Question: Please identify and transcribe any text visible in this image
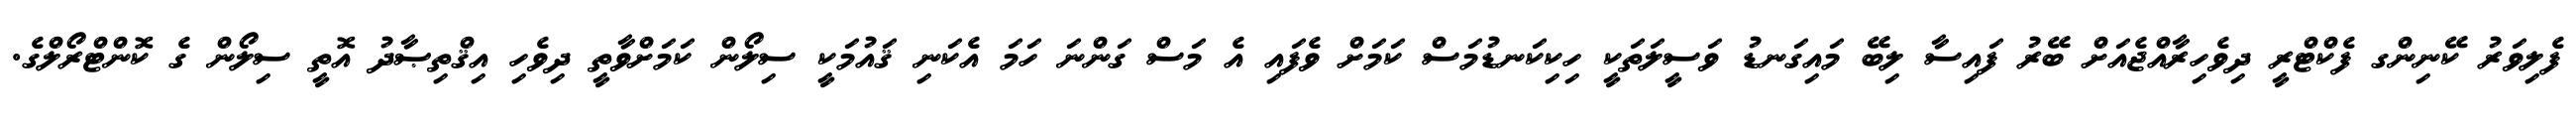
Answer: ފެލިވަރު ކޭނިންގ ފެކްޓްރީ ދިވެހިރާއްޖެއަށް ބޭރު ފައިސާ ލިބޭ މައިގަނޑު ވަސީލަތަކީ ހިކިކަނޑުމަސް ކަމަށް ވެފައި އެ މަސް ގަންނަ ހަމަ އެކަނި ޤައުމަކީ ސިލޯން ކަމަށްވާތީ ދިވެހި އިޤްތިޞާދު އޮތީ ސިލޯން ގެ ކޮންޓްރޯލްގެ.